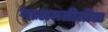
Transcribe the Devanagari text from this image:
बारामतीतील